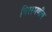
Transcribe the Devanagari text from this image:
चिरस्मणीय